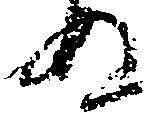
ぬ